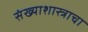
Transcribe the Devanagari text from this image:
संख्याशास्त्राचा